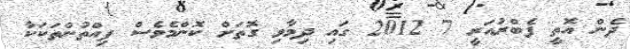
ދެން އޮތީ ފެބްރުއަރީ 7 2012 ގައި ދިމާވި ގޮތަށް ކޮންމެވެސް ފިއްތުންތަކަކާ